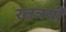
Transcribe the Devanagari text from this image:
रत्नत्रयी